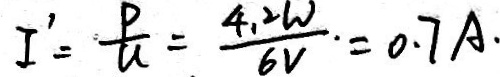
I ^ { \prime } = \frac { P } { U } = \frac { 4 . 2 W } { 6 V } . = 0 . 7 A .